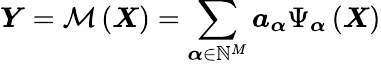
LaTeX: \boldsymbol{Y}=\mathcal{M}\left(\boldsymbol{X}\right)=\sum_{\boldsymbol{\alpha}\in\mathbb{N}^{M}}\boldsymbol{a_{\alpha}}\Psi_{\boldsymbol{\alpha}}\left(\boldsymbol{X}\right)